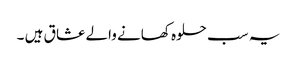
یہ سب حلوہ کھانے والے عشا ق ہیں ۔